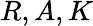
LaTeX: R,A,K